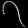
Digit: ၇